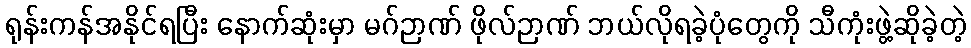
ရုန်းကန်အနိုင်ရပြီး နောက်ဆုံးမှာ မဂ်ဉာဏ် ဖိုလ်ဉာဏ် ဘယ်လိုရခဲ့ပုံတွေကို သီကုံးဖွဲ့ဆိုခဲ့တဲ့